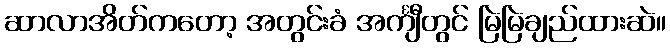
ဆာလာအိတ်ကတော့ အတွင်းခံ အင်္ကျီတွင် မြဲမြဲချည်ထားဆဲ။